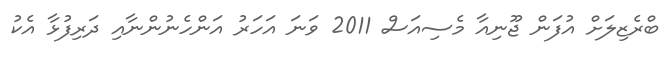
ބްރެޒިލަށް އުފަން ޖޫނިއާ މެސިއަސް 2011 ވަނަ އަހަރު އަންހެނުންނާއި ދަރިފުޅާ އެކު